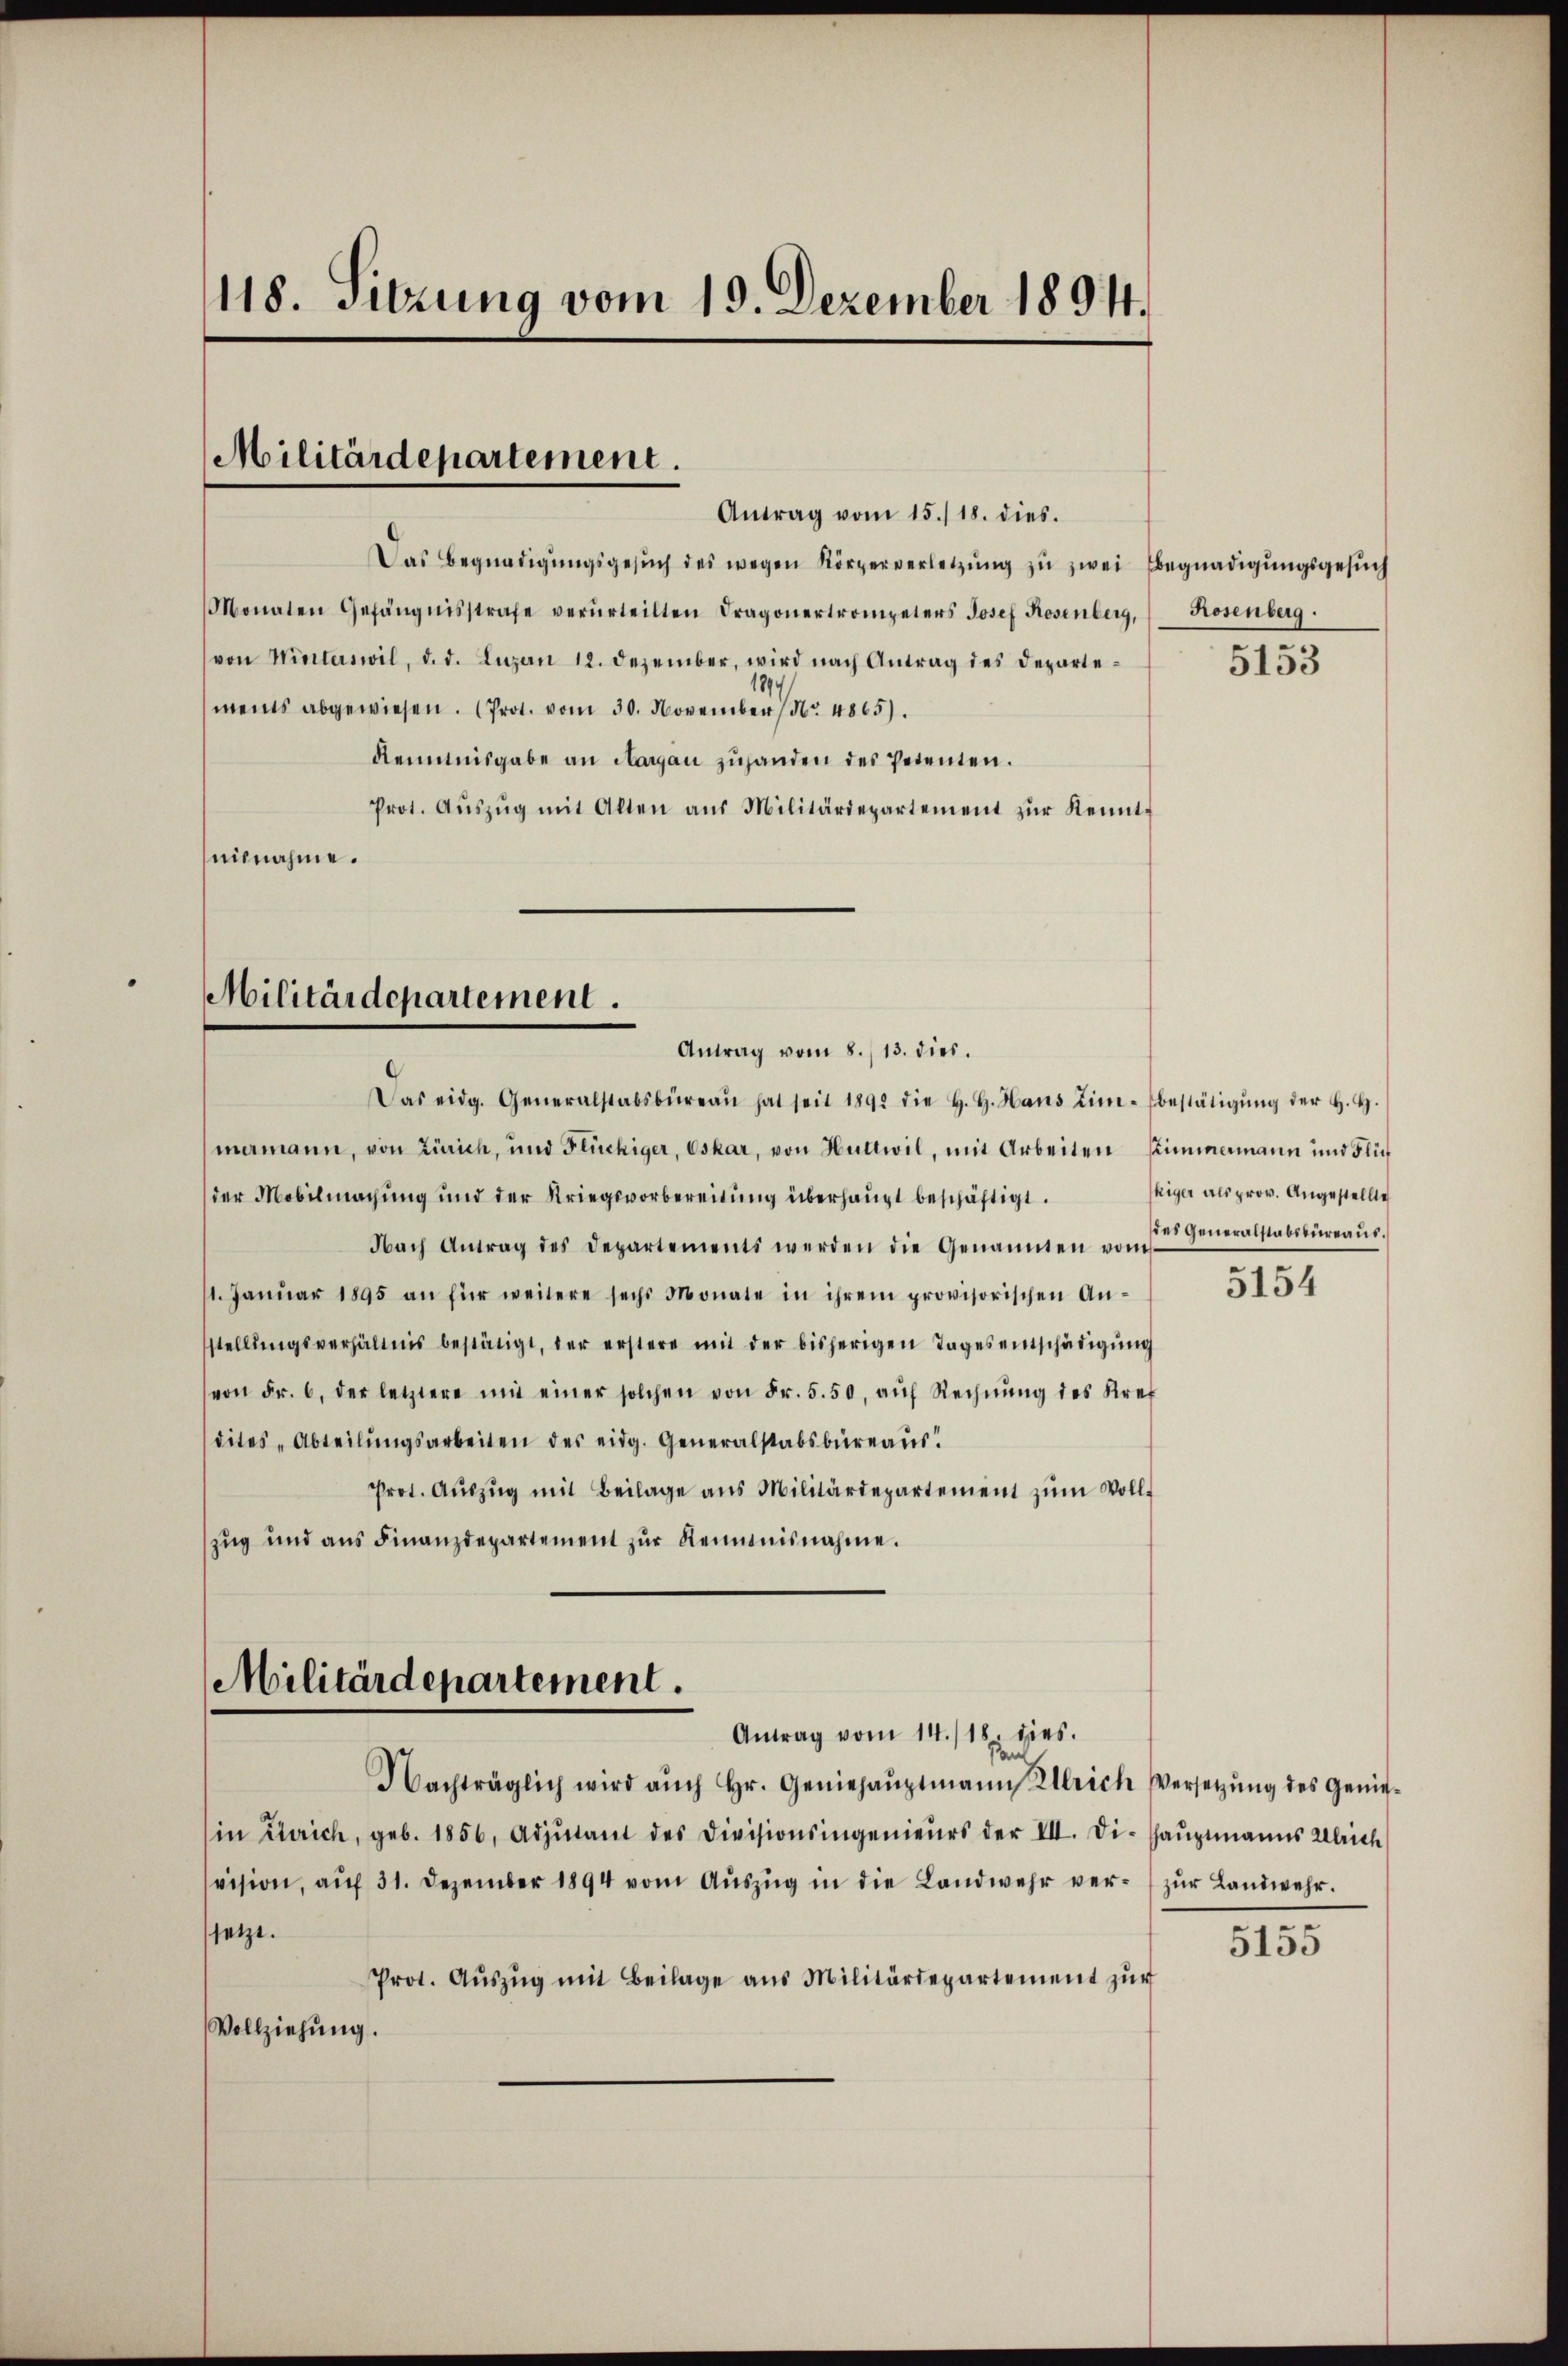
118. Sitzung vom 19. Dezember 18941.

Militärdepartement.
Antrag vom 15./18. dies.

Das Begnadigŭngsgesŭch des wegen Körperverletzŭng zŭ zwei Begnadigungsgesŭch
Monaten Gefängnisstrafe verurteilten Dragonertrompeters Josef Rosenberg, Rosenberg.
von Winterswil, d. d. Luzern 12. Dezember, wird nach Antrag des Departements abgewiesen. (Prot. vom 30. November No. 4865).
Kenntnisgabe an Margau zuhanden des Petenten.
Prot. Aŭszŭg mit Alten aus Militärdepartement zŭr Kennteilnahme.

Das eidg. Generalstabsbüreaŭ hat seit 1892 die H. H. Haus Lin-Ebestätigŭng der H. H.
mermann, von Zürich, und Flückiger, Oskar, von Huttwil, mit Arbeiten Summamann und Flüder Mobilmachung und der Kriegsvorbereitŭng überhaupt beschäftigt.
Nach Antrag des Departements werden die Genannten vom
1. Janŭar 1895 an für weitere sechs Monate in ihrem provisorischen An-
stellŭngsverhältnis bestätigt, der erstere mit der bisherigen Tages entschädigŭng
(von Fr. 6. der letztere mit einer solchen von Fr. 5. 50, aŭf Rechnŭng des Kref
dites „Abteilŭngsarbeiten des eidg. Generalstabsbureaus!
Prot. Aŭszŭg mit Beilage ans Militärdepartement zŭm Voll-
zug und ans Finanzdepartement zŭr Reimnisnahme.

Militärdepartement.
Antrag vom 8./13. dies.

Militärdepartement.
Antrag vom 14./18. dies.

Nachträglich wird aŭch Hr. Geniehaŭptmann Ulrich Versetzŭng des Genie-
in Clarich, geb. 1856, Adjutant des Divisionsingenieurs der VII. Die Haŭptmanns Ulrich
vision, aŭf 31. Dezember 1894 vom Aŭszŭg in die Landwehr ver- zŭr Landwehr.
setzt.
Prot. Aŭszŭg mit Beilage aus Militärdepartement zŭr
Vollziehung.

5153

kiger als prov. Angestellte
des Generalstabsbureaus.

5154

5155